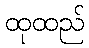
ထုထည်